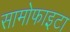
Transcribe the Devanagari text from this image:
सामोफाइटा